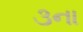
૩ના